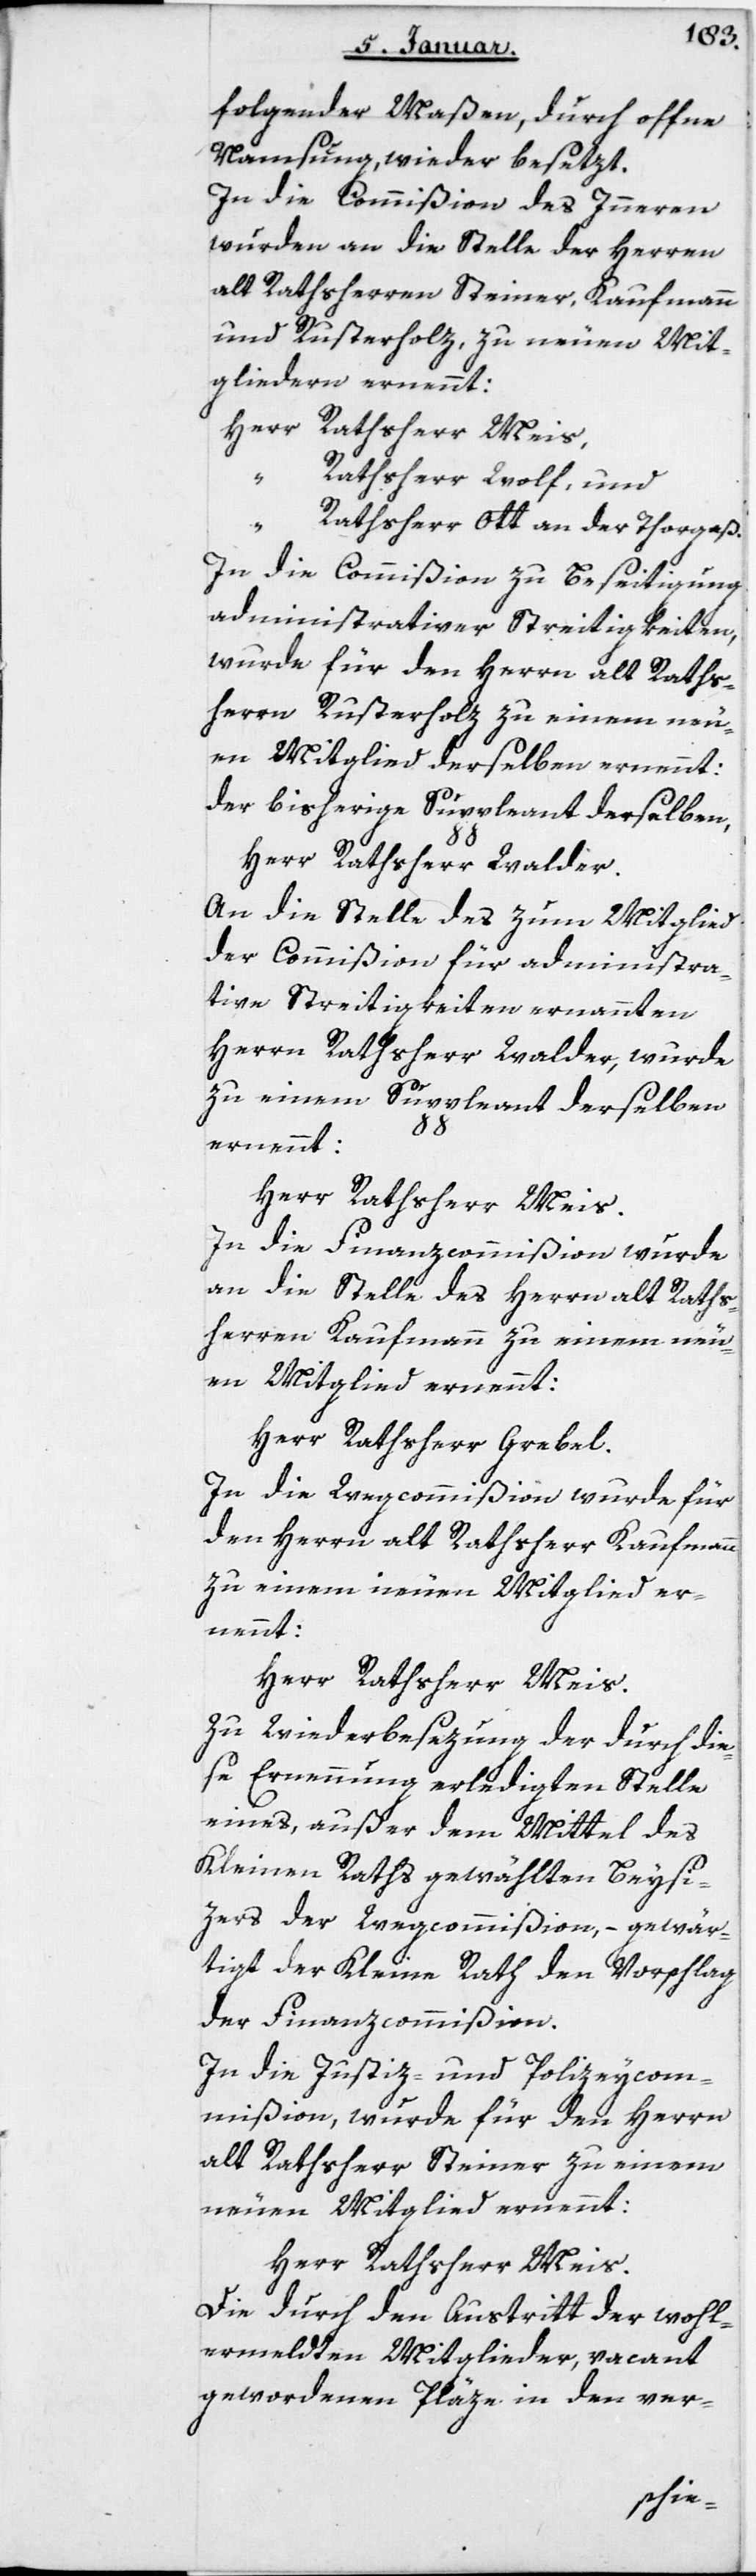
folgender Maßen durch offene
Namsung wieder besetzt:
In die Commißion des Innern
wurden an die Stelle der Herren
alt Rathsherren Steiner, Kaufmann
und Rusterholz, zu neuen Mit¬
Rathsherr Wolf, und
Rathsherr Ott an der Thorgaß.
In die Commißion zu Beseitigung
administrativer Streitigkeiten
wurde für den Herrn alt Raths¬
herrn Rusterholz zu einem neu¬
en Mitglied derselben ernennt,
der bisherige Suppleant derselben:
Herr Rathsherr Walder.
An die Stelle des zum Mitglied
der Commißion für administra¬
tive Streitigkeiten ernannten
Herrn Rathsherr Walder, wurde
zu einem Suppleant derselben
ernennt:
Herr Rathsherr Meis.
In die Finanzcommißion wurde
an die Stelle des Herrn alt Raths¬
herren Kaufmann zu einem neu¬
en Mitglied ernennt,
Herr Rathsherr Grebel.
In die Wegcommißion wurde für
den Herrn alt Rathsherr Kaufmann
zu einem neuen Mitglied er¬
nennt:
Herr Rathsherr Meis.
Zu Wiederbesetzung der durch die¬
se Ernennung erledigten Stelle
eines, außer dem Mittel des
Kleinen Raths gewählten Beysit¬
zers der Wegcommißion, – gewär¬
tigt der Kleine Rath den Vorschlag
der Finanzcommißion.
In die Justiz- und Polizey-Com¬
mißion wurde für den Herrn
alt Rathsherr Steiner zu einem
neuen Mitglied ernennt:
Herr Rathsherr Meis.
Die durch den Austritt der wohl¬
ermeldten Mitglieder, vacant
gewordenen Pläze in den ver-
gliedern